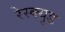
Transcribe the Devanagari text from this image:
रेस्क्युड